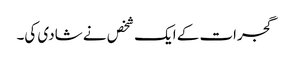
گجرات کے ایک شخص نے شادی کی۔